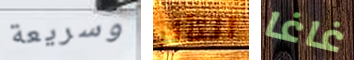
وسريعة التأثر غاغا